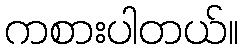
ကစားပါတယ်။